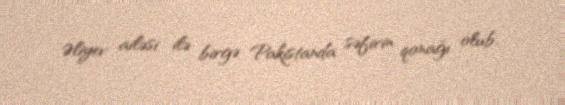
Əliyev ailəsi ilə birgə Pakistanda səfirin qonağı olub.